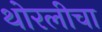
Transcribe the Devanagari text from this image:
थोरलीचा